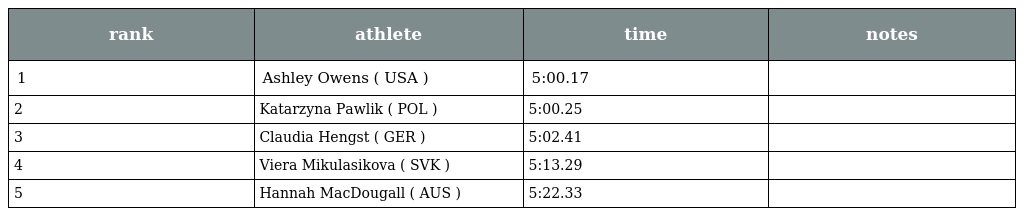
| rank | athlete | time | notes |
 | --- | --- | --- | --- |
 | 1 | Ashley Owens ( USA ) | 5:00.17 |  |
 | 2 | Katarzyna Pawlik ( POL ) | 5:00.25 |  |
 | 3 | Claudia Hengst ( GER ) | 5:02.41 |  |
 | 4 | Viera Mikulasikova ( SVK ) | 5:13.29 |  |
 | 5 | Hannah MacDougall ( AUS ) | 5:22.33 |  |